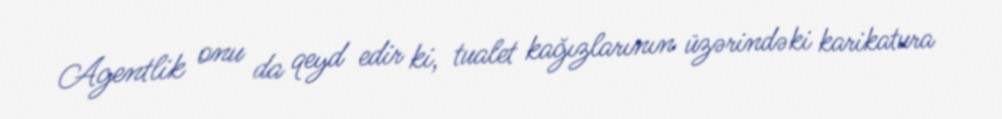
Agentlik onu da qeyd edir ki, tualet kağızlarının üzərindəki karikatura